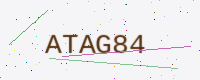
Text: ATAG84